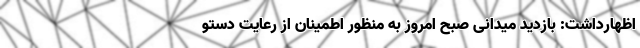
اظهارداشت: بازدید میدانی صبح امروز به منظور اطمینان از رعایت دستو